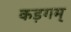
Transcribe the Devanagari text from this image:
कड़गम्‌